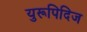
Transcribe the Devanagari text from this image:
युरूपिदिज